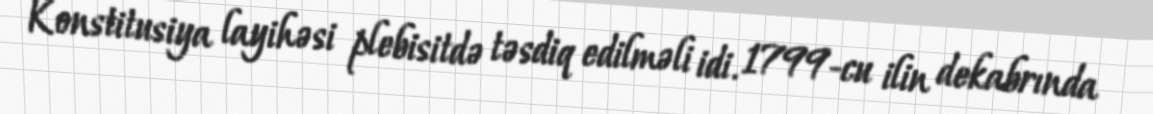
Konstitusiya layihəsi plebisitdə təsdiq edilməli idi. 1799-cu ilin dekabrında